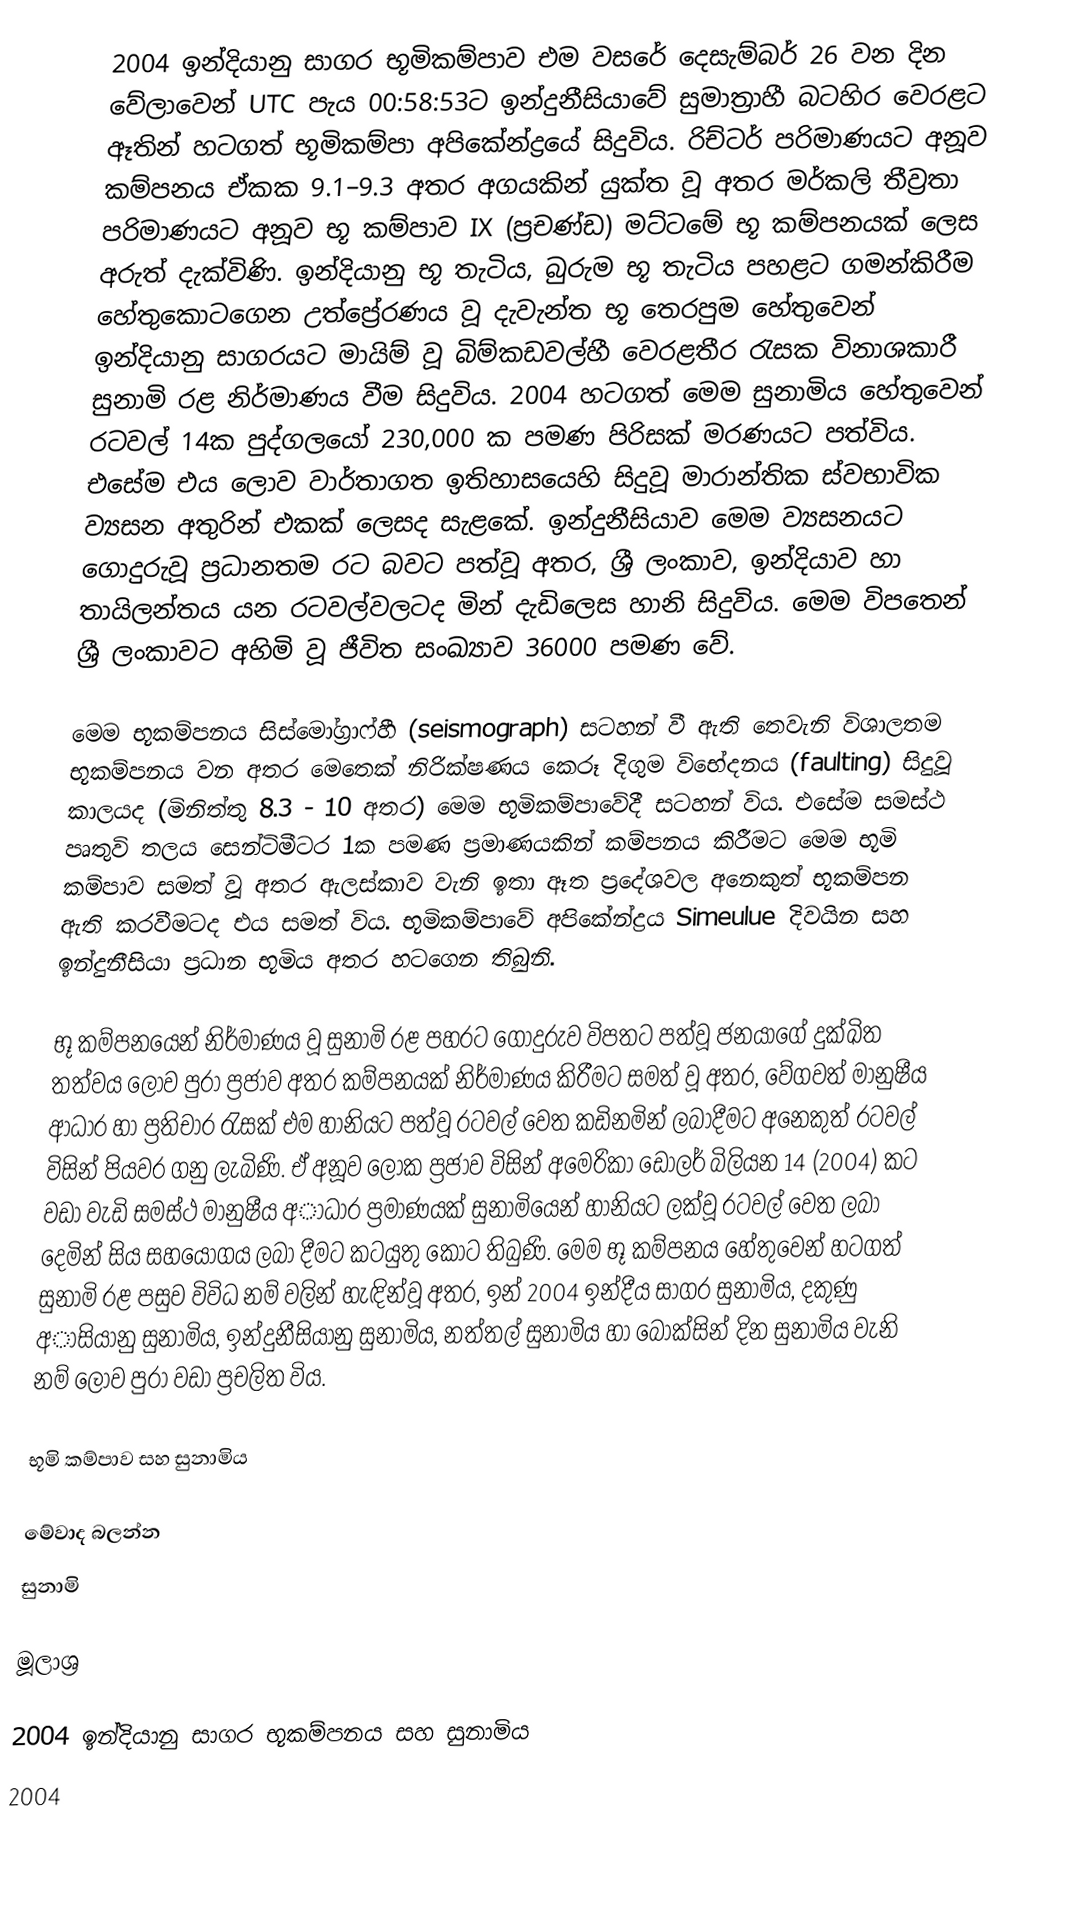
2004 ඉන්දියානු සාගර භූමිකම්පාව එම වසරේ දෙසැම්බර් 26 වන දින වේලාවෙන් UTC පැය 00:58:53ට  ඉන්දුනීසියාවේ සුමාත්‍රාහී බටහිර වෙරළට ඈතින් හටගත්  භූමිකම්පා අපිකේන්ද්‍රයේ සිදුවිය. රිච්ටර් පරිමාණයට අනූව කම්පනය ඒකක 9.1–9.3 අතර අගයකින් යුක්ත වූ අතර  මර්කලි තීව්‍රතා පරිමාණයට අනූව භූ කම්පාව IX (ප්‍රචණ්ඩ) මට්ටමේ භූ කම්පනයක් ලෙස අරුත් දැක්විණි. ඉන්දියානු භූ තැටිය, බුරුම භූ තැටිය පහළට ගමන්කිරීම හේතුකොටගෙන උත්ප්‍රේරණය වූ දැවැන්ත භූ තෙරපුම හේතුවෙන් ඉන්දියානු සාගරයට මායිම් වූ බිම්කඩවල්හී වෙරළතීර රැසක විනාශකාරී සුනාමි  රළ නිර්මාණය වීම සිදුවිය. 2004 හටගත් මෙම සුනාමිය හේතුවෙන් රටවල් 14ක පුද්ගලයෝ 230,000 ක පමණ පිරිසක් මරණයට පත්විය. එසේම එය ලොව වාර්තාගත ඉතිහාසයෙහි සිදුවූ මාරාන්තික ස්වභාවික ව්‍යසන අතුරින්  එකක් ලෙසද සැළකේ. ඉන්දුනීසියාව මෙම ව්‍යසනයට ගොදුරුවූ ප්‍රධානතම රට බවට පත්වූ අතර, ශ්‍රී ලංකාව, ඉන්දියාව  හා තායිලන්තය යන රටවල්වලටද මින් දැඩිලෙස හානි සිදුවිය. මෙම විපතෙන්  ශ්‍රී ලංකාවට අහිමි වූ ජීවිත සංඛ්‍යාව 36000 පමණ වේ.

මෙම භූකම්පනය සිස්මෝග්‍රාෆ්හී (seismograph) සටහන් වී ඇති තෙවැනි විශාලතම භූකම්පනය වන අතර මෙතෙක් නිරික්ෂණය කෙරූ දිගුම විභේදනය (faulting) සිදුවූ කාලයද (මිනිත්තු 8.3 - 10 අතර) මෙම භූමිකම්පාවේදී සටහන් විය. එසේම සමස්ථ පෘතුවි තලය සෙන්ටිමීටර 1ක පමණ ප්‍රමාණයකින් කම්පනය කිරීමට මෙම භූමි කම්පාව සමත් වූ අතර ඇලස්කාව වැනි ඉතා ඈත ප්‍රදේශවල අනෙකුත් භූකම්පන ඇති කරවීමටද එය සමත් විය. භූමිකම්පාවේ අපිකේන්ද්‍රය Simeulue දිවයින සහ ඉන්දුනීසියා ප්‍රධාන භූමිය අතර හටගෙන තිබුනි.

භූ කම්පනයෙන් නිර්මාණය වූ සුනාමි රළ පහරට ගොදුරුව විපතට පත්වූ ජනයාගේ දුක්ඛිත තත්වය ලොව පුරා ප්‍රජාව අතර කම්පනයක් නිර්මාණය කිරීමට සමත් වූ අතර, වේගවත් මානුෂීය ආධාර හා ප්‍රතිචාර රැසක් එම හානියට පත්වූ රටවල් වෙත කඩිනමින් ලබාදීමට අනෙකුත් රටවල් විසින් පියවර ගනු ලැබිණි. ඒ අනූව ලෝක ප්‍රජාව විසින් අමෙරිකා ඩොලර් බිලියන 14 (2004) කට වඩා වැඩි සමස්ථ මානුෂීය අාධාර ප්‍රමාණයක් සුනාමියෙන් හානියට ලක්වූ රටවල් වෙත ලබා දෙමින් සිය සහයෝගය ලබා දීමට කටයුතු කොට තිබුණි. මෙම භූ කම්පනය හේතුවෙන් හටගත් සුනාමි රළ පසුව විවිධ නම් වලින් හැඳින්වූ අතර, ඉන් 2004 ඉන්දීය සාගර සුනාමිය, දකුණු අාසියානු සුනාමිය, ඉන්දුනීසියානු සුනාමිය,  නත්තල් සුනාමිය හා බොක්සින් දින සුනාමිය වැනි නම් ලොව පුරා වඩා ප්‍රචලිත විය.

භූමි කම්පාව සහ සුනාමිය

මේවාද බලන්න
 සුනාමි

මූලාශ්‍ර

2004 ඉන්දියානු සාගර භූකම්පනය සහ සුනාමිය
2004